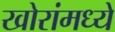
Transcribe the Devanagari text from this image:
खोरांमध्ये